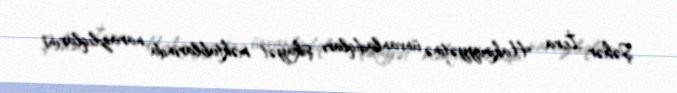
Şəhər İcra Hakimiyyətinə ünvanladıqları şikayət məktublarında narazılıqlarını